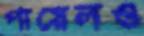
পায়েলও